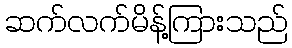
ဆက်လက်မိန့်ကြားသည်